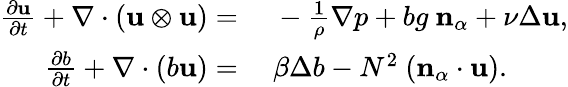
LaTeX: \begin{array}{rl}{\frac{\partial\mathbf{u}}{\partial t}+\nabla\cdot(\mathbf{u}\otimes\mathbf{u})=}&{~-\frac{1}{\rho}\nabla p+bg\ \mathbf{n}_{\alpha}+\nu\Delta\mathbf{u},}\\ {\frac{\partial b}{\partial t}+\nabla\cdot(b\mathbf{u})=}&{~\beta\Delta b-N^{2}\ (\mathbf{n}_{\alpha}\cdot\mathbf{u}).}\end{array}